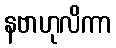
နဗာဟုလိကာ